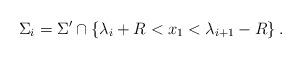
LaTeX: \begin{align*}\Sigma_i=\Sigma^\prime\cap\left\{\lambda_i+R<x_1<\lambda_{i+1}-R\right\}.\end{align*}